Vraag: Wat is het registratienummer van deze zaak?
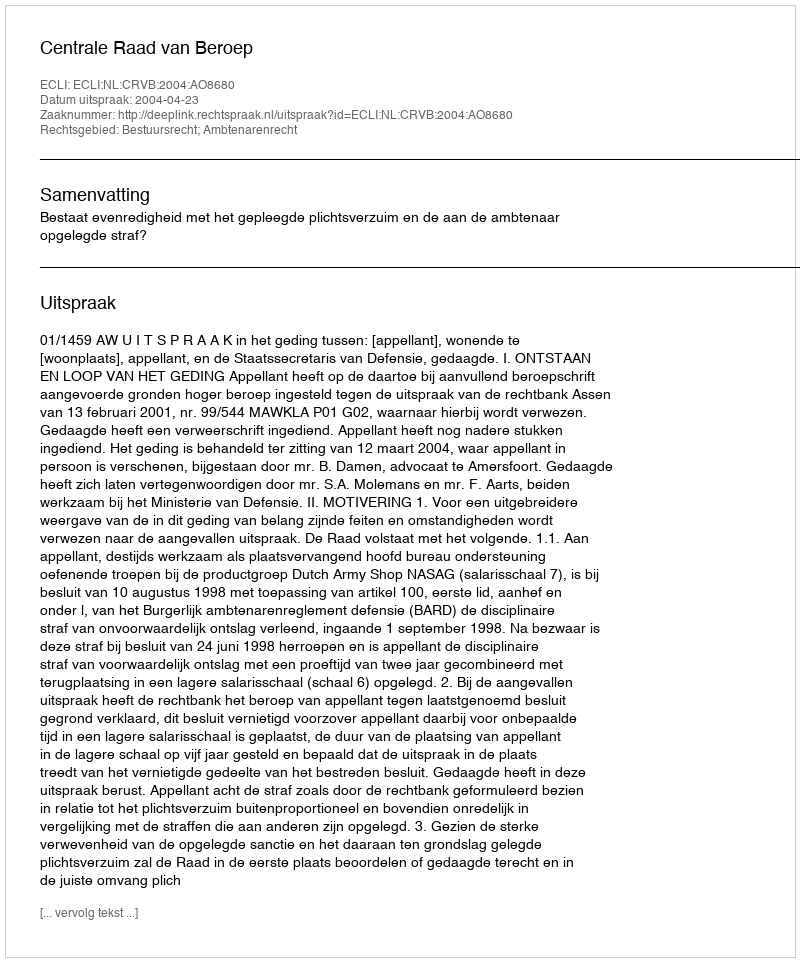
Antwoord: http://deeplink.rechtspraak.nl/uitspraak?id=ECLI:NL:CRVB:2004:AO8680